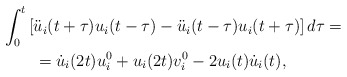
\begin{align*}\begin{aligned} & \int_{0}^{t}\left[\ddot{u}_{i}(t+\tau)u_{i}(t-\tau)-\ddot{u}_{i}(t-\tau)u_{i}(t+\tau)\right]d\tau=\\ & \qquad=\dot{u}_{i}(2t)u_{i}^{0}+u_{i}(2t)v_{i}^{0}-2u_{i}(t)\dot{u}_{i}(t),\end{aligned}\end{align*}